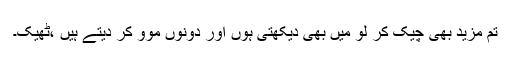
تم مزید بھی چیک کر لو میں بھی دیکھتی ہوں اور دونوں موو کر دیتے ہیں ،ٹھیک۔